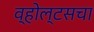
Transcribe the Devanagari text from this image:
व्होल्टसचा